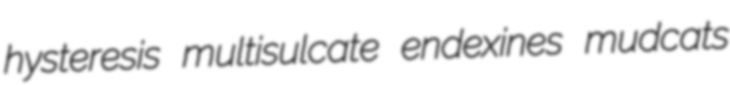
hysteresis multisulcate endexines mudcats